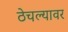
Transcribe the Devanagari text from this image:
ठेचल्यावर